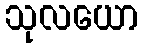
သုလယော